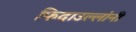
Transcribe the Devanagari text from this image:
फिदाउल्लांनी